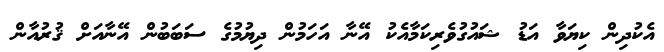
އެކުދިން ކިޔަވާ އަޑު ޝައުގުވެރިކަމާއެކު އޭނާ އަހަމުން ދިޔުމުގެ ސަބަބުން އޭނާއަށް ޤުރުއާން